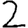
Digit: 2